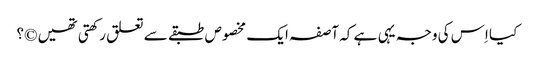
کیا اِس کی وجہ یہی ہے کہ آصفہ ایک مخصوص طبقے سے تعلق رکھتی تھیں ©؟